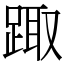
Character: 踙